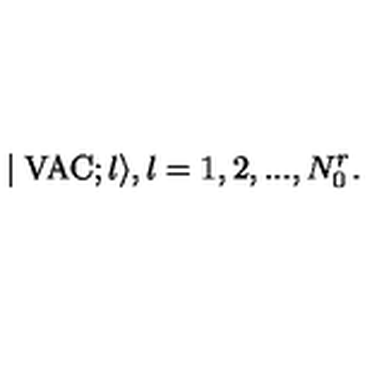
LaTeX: \mid \mathrm { V A C } ; l \rangle , l = 1 , 2 , . . . , N _ { 0 } ^ { r } .